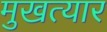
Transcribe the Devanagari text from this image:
मुखत्यार